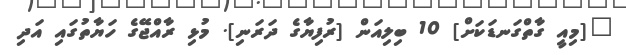
"[މިއީ ގާތްގަނޑަކަށް] 10 ބިލިއަން [ރުފިޔާގެ ދަރަނި]. މުޅި ރާއްޖޭގެ ހަޔާތުގައި އަދި